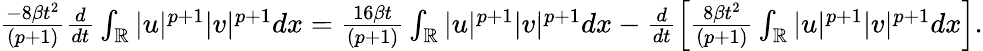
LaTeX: \begin{array}{r}{\frac{-8\beta t^{2}}{(p+1)}\frac{d}{dt}\int_{\mathbb{R}}|u|^{p+1}|v|^{p+1}dx=\frac{16\beta t}{(p+1)}\int_{\mathbb{R}}|u|^{p+1}|v|^{p+1}dx-\frac{d}{dt}\left[\frac{8\beta t^{2}}{(p+1)}\int_{\mathbb{R}}|u|^{p+1}|v|^{p+1}dx\right].}\end{array}